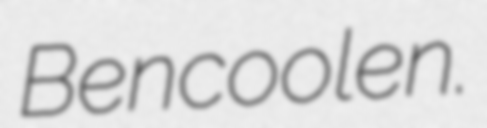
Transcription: Bencoolen.